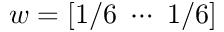
w = [ 1 / 6 ~ \cdots ~ 1 / 6 ]